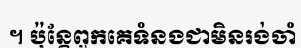
។ ប៉ុន្តែពួកគេទំនងជាមិនរង់ចាំ